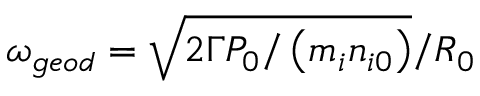
\omega _ { g e o d } = \sqrt { 2 \Gamma P _ { 0 } / \left( m _ { i } n _ { i 0 } \right) } / R _ { 0 }